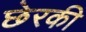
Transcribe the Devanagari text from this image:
छेरकी